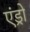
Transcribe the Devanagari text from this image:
एंड्रो